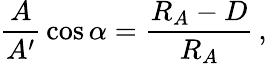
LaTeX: {\frac{A}{A^{\prime}}}\cos\alpha={\frac{R_{A}-D}{R_{A}}}\, ,